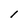
Character: l